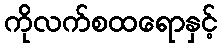
ကိုလက်စထရောနှင့်